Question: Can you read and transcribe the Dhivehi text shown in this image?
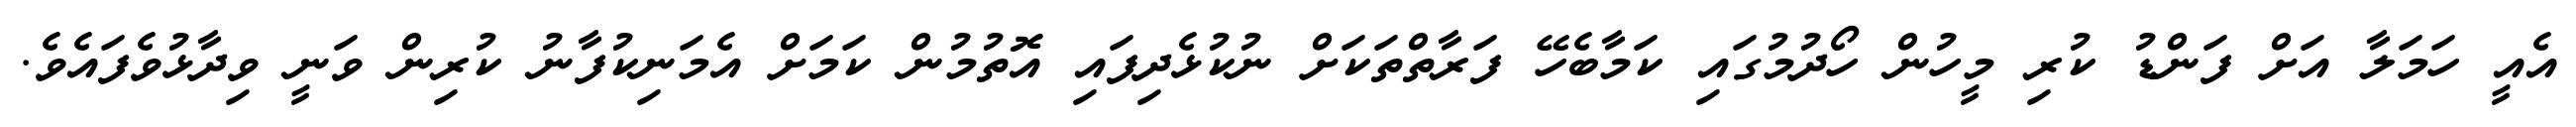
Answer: އެއީ ހަމަލާ އަށް ފަންޑު ކުރި މީހުން ހޯދުމުގައި ކަމާބެހޭ ފަރާތްތަކަށް ނުކުޅެދިފައި އޮތުމުން ކަމަށް އެމަނިކުފާނު ކުރިން ވަނީ ވިދާޅުވެފައެވެ.